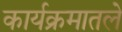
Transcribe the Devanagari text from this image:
कार्यक्रमातले